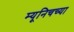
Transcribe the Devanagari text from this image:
म्यूनिचच्या